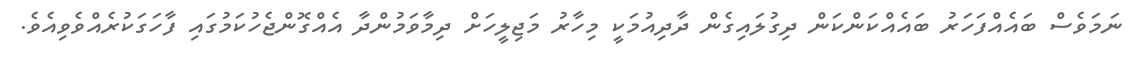
ނަމަވެސް ބައެއްފަހަރު ބައެއްކަންކަން ދިގުލައިގެން ދާދިއުމަކީ މިހާރު މަޖިލީހަށް ދިމާވަމުންދާ އެއްގޮންޖެހުކަމުގައި ފާހަގަކުރެއްވެވިއެވެ.